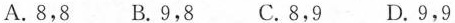
A.8，8 B.9，8 C.8，9 D.9，9